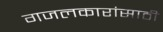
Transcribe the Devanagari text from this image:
गजलकारांसाठी